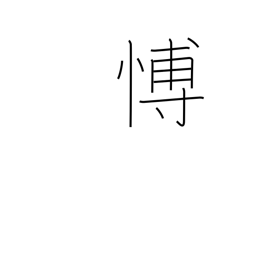
Meaning: grieving